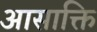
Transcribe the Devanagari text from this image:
आसाक्ति